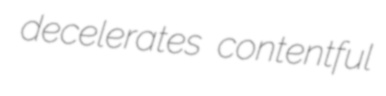
decelerates contentful